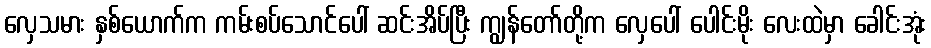
လှေသမား နှစ်ယောက်က ကမ်းစပ်သောင်ပေါ် ဆင်းအိပ်ပြီး ကျွန်တော်တို့က လှေပေါ် ပေါင်းမိုး လေးထဲမှာ ခေါင်းအုံး